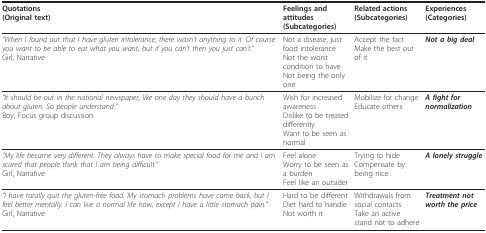
| Quotations(Original text) | Feelings and attitudes(Subcategories) | Related actions(Subcategories) | Experiences(Categories) |
 | --- | --- | --- | --- |
 | "When I found out that I have gluten intolerance, there wasn't anything to it. Of course you want to be able to eat what you want, but if you can't then you just can't."Girl, Narrative | Not a disease, just food intoleranceNot the worst condition to haveNot being the only one | Accept the factMake the best out of it | Not a big deal |
 | "It should be out in the national newspaper, like one day they should have a bunch about gluten. So people understand."Boy, Focus group discussion | Wish for increased awarenessDislike to be treated differentlyWant to be seen as normal | Mobilize for changeEducate others | A fight for normalization |
 | "My life became very different. They always have to make special food for me and I am scared that people think that I am being difficult."Girl, Narrative | Feel aloneWorry to be seen as a burdenFeel like an outsider | Trying to hideCompensate by being nice | A lonely struggle |
 | "I have totally quit the gluten-free food. My stomach problems have come back, but I feel better mentally. I can live a normal life now, except I have a little stomach pain."Girl, Narrative | Hard to be differentDiet hard to handleNot worth it | Withdrawals from social contactsTake an active stand not to adhere | Treatment not worth the price |